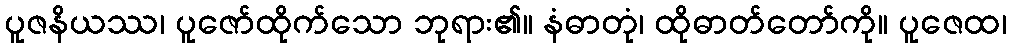
ပူဇနိယဿ၊ ပူဇော်ထိုက်သော ဘုရား၏။ နံဓာတုံ၊ ထိုဓာတ်တော်ကို။ ပူဇေထ၊